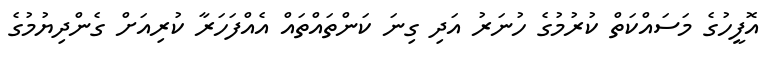
އޮފީހުގެ މަސައްކަތް ކުރުމުގެ ހުނަރު އަދި ގިނަ ކަންތައްތައް އެއްފަހަރާ ކުރިއަށް ގެންދިޔުމުގެ